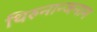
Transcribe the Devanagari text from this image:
थिरुनान्जनाम